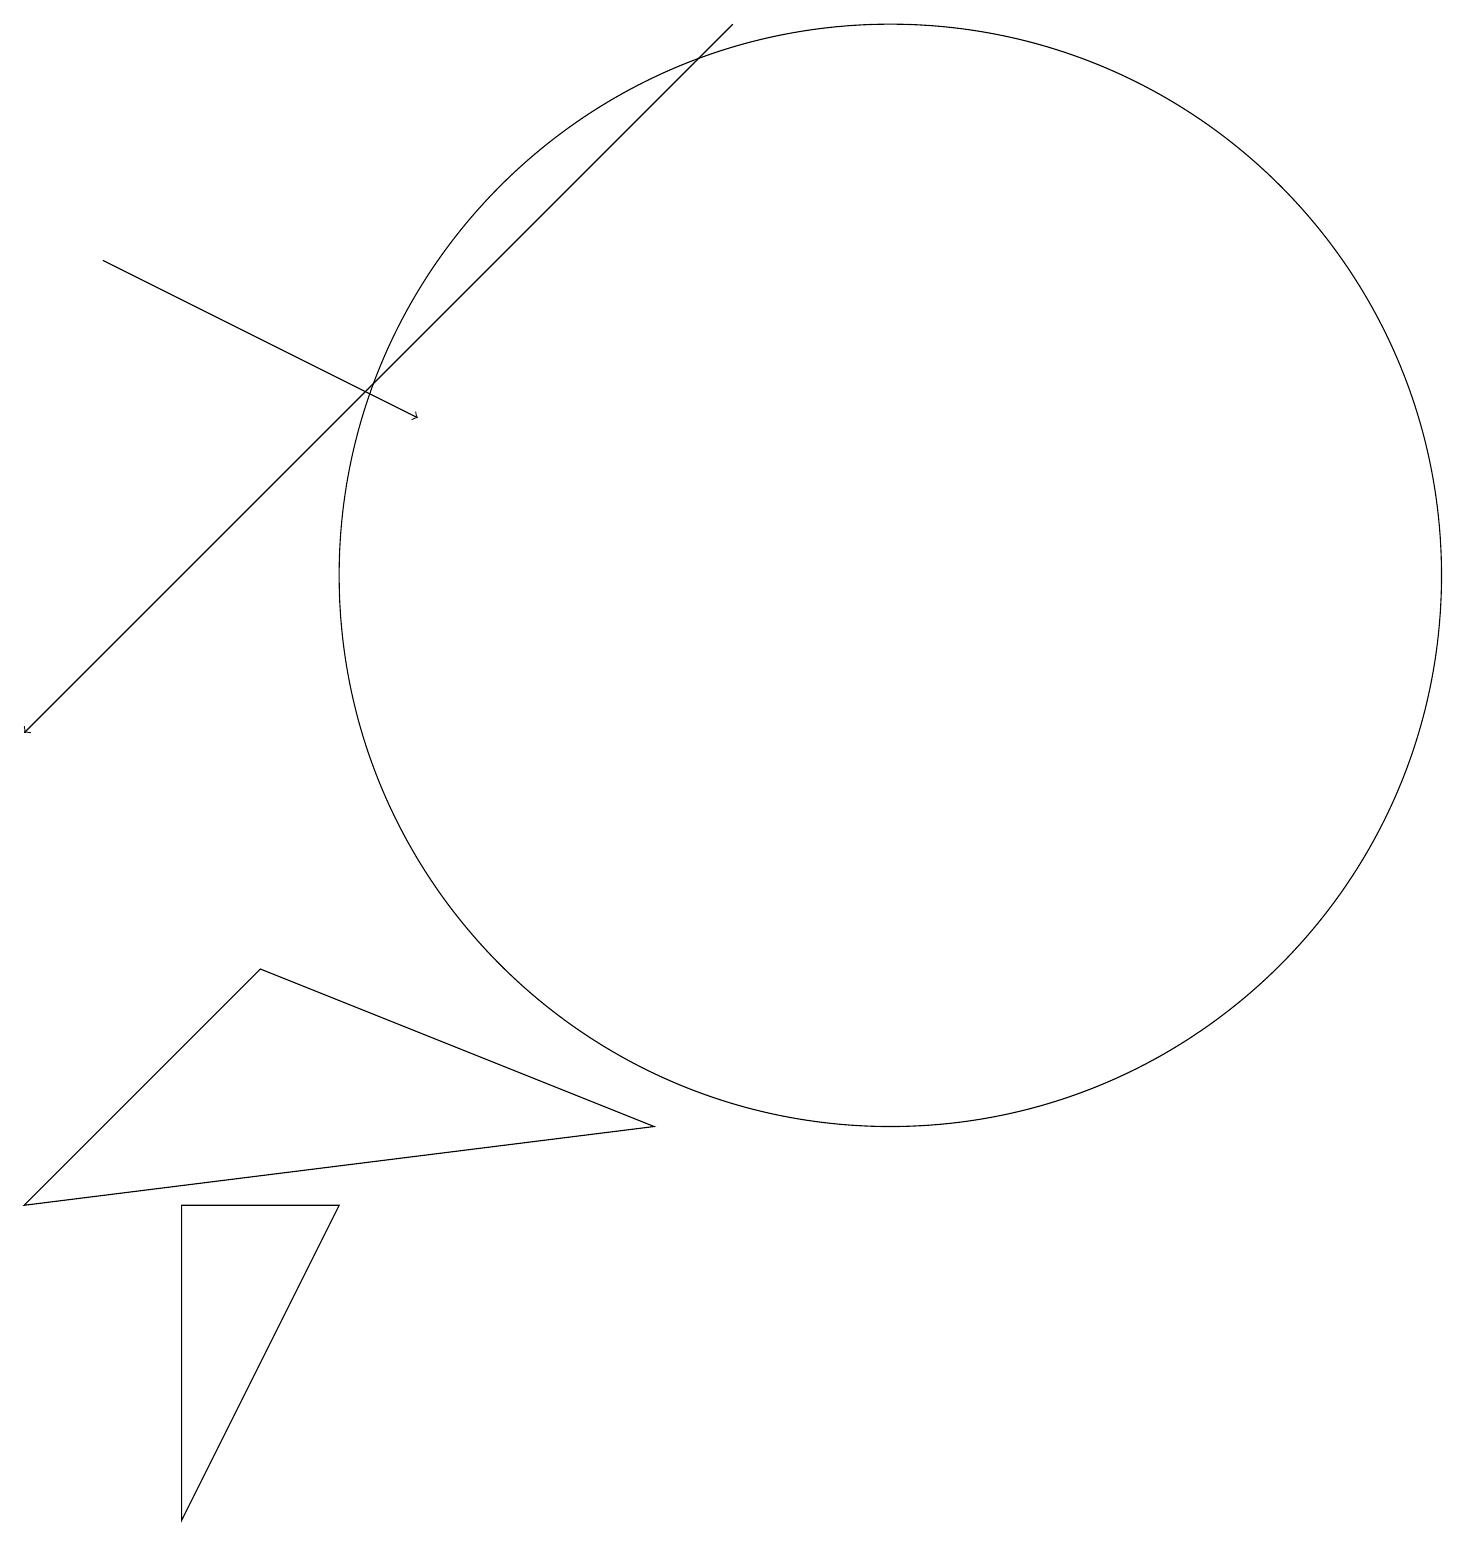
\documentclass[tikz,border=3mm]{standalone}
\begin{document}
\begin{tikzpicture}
\draw[->] (1,16) -- (5,14);
\draw (11,12) circle (7);
\draw (0,4) -- (3,7) -- (8,5) -- cycle;
\draw (4,4) -- (2,4) -- (2,0) -- cycle;
\draw[->] (9,19) -- (0,10);
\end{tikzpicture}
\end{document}